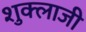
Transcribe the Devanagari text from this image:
शुक्लाजी